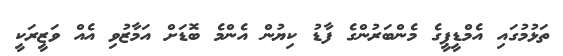
ތަޅުމުގައި އެމްޑީޕީގެ މެންބަރުންގެ ފާޑު ކިޔުން އެންމެ ބޮޑަށް އަމާޒުވި އެއް ވަޒީރަކީ